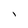
Character: I